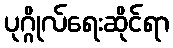
ပုဂ္ဂိုလ်ရေးဆိုင်ရာ